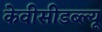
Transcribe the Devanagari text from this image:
केवीसीडब्ल्यू